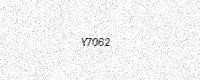
Text: Y7062